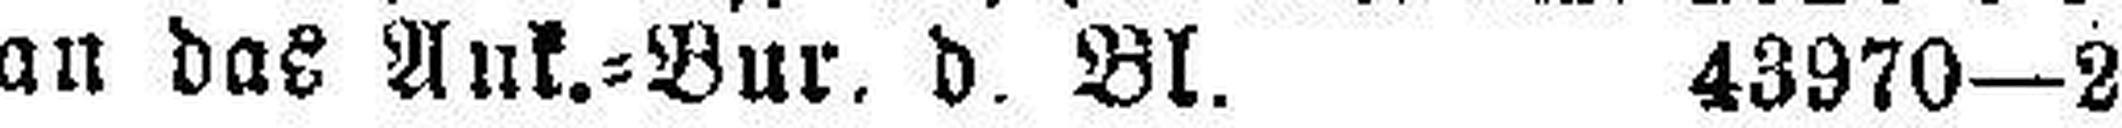
an das Ank.=Bur. d. Bl. 43970—2